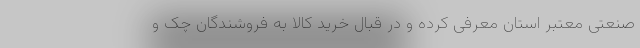
صنعتی معتبر استان معرفی کرده و در قبال خرید کالا به فروشندگان چک و